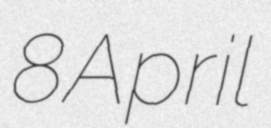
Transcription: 8 April